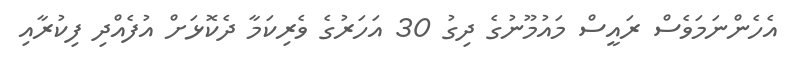
އެހެންނަމަވެސް ރައީސް މައުމޫނުގެ ދިގު 30 އަހަރުގެ ވެރިކަމާ ދެކޮޅަށް އުފެއްދި ފިކުރާއި